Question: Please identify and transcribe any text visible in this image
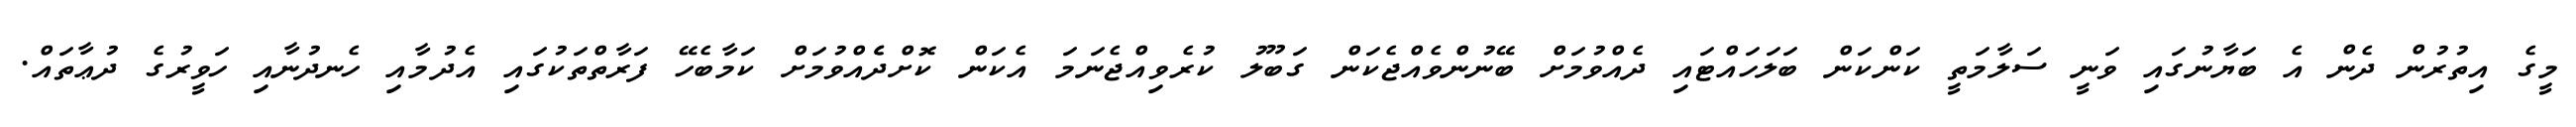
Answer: މީގެ އިތުރުން ދެން އެ ބަޔާނުގައި ވަނީ ސަލާމަތީ ކަންކަން ބަލަހައްޓައި ދެއްވުމަށް ބޭނުންވެއްޖެކަން ގަބޫލު ކުރެވިއްޖެނަމަ އެކަން ކޮށްދެެއްވުމަށް ކަމާބެހޭ ފަރާތްތަކުގައި އެދުމާއި ހެނދުނާއި ހަވީރުގެ ދުޢާތައް.